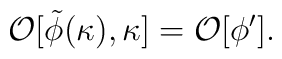
{\cal O}[\tilde\phi(\kappa),\kappa]={\cal O}[\phi^\prime].